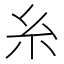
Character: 糸